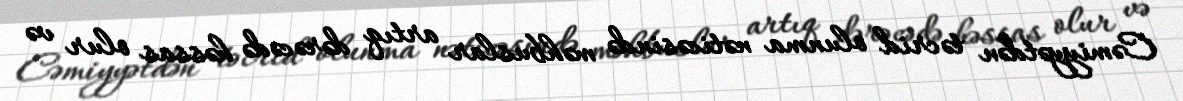
Cəmiyyətdən təcrid olunma nəticəsində məhbuslar artıq dərəcədə həssas olur və